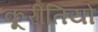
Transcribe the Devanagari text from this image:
कूरीतियों